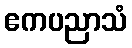
ဧကပညာသံ